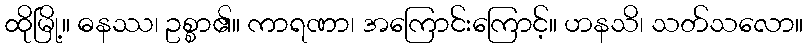
ထိုမြို့။ ဓနဿ၊ ဥစ္စာ၏။ ကာရဏာ၊ အကြောင်းကြောင့်။ ဟနသိ၊ သတ်သလော။